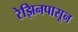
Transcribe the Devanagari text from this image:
रेझिनपासून